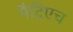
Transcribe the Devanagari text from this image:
पैट्रिएच